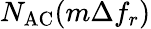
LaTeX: N_{\mathrm{AC}}(m\Delta f_{r})